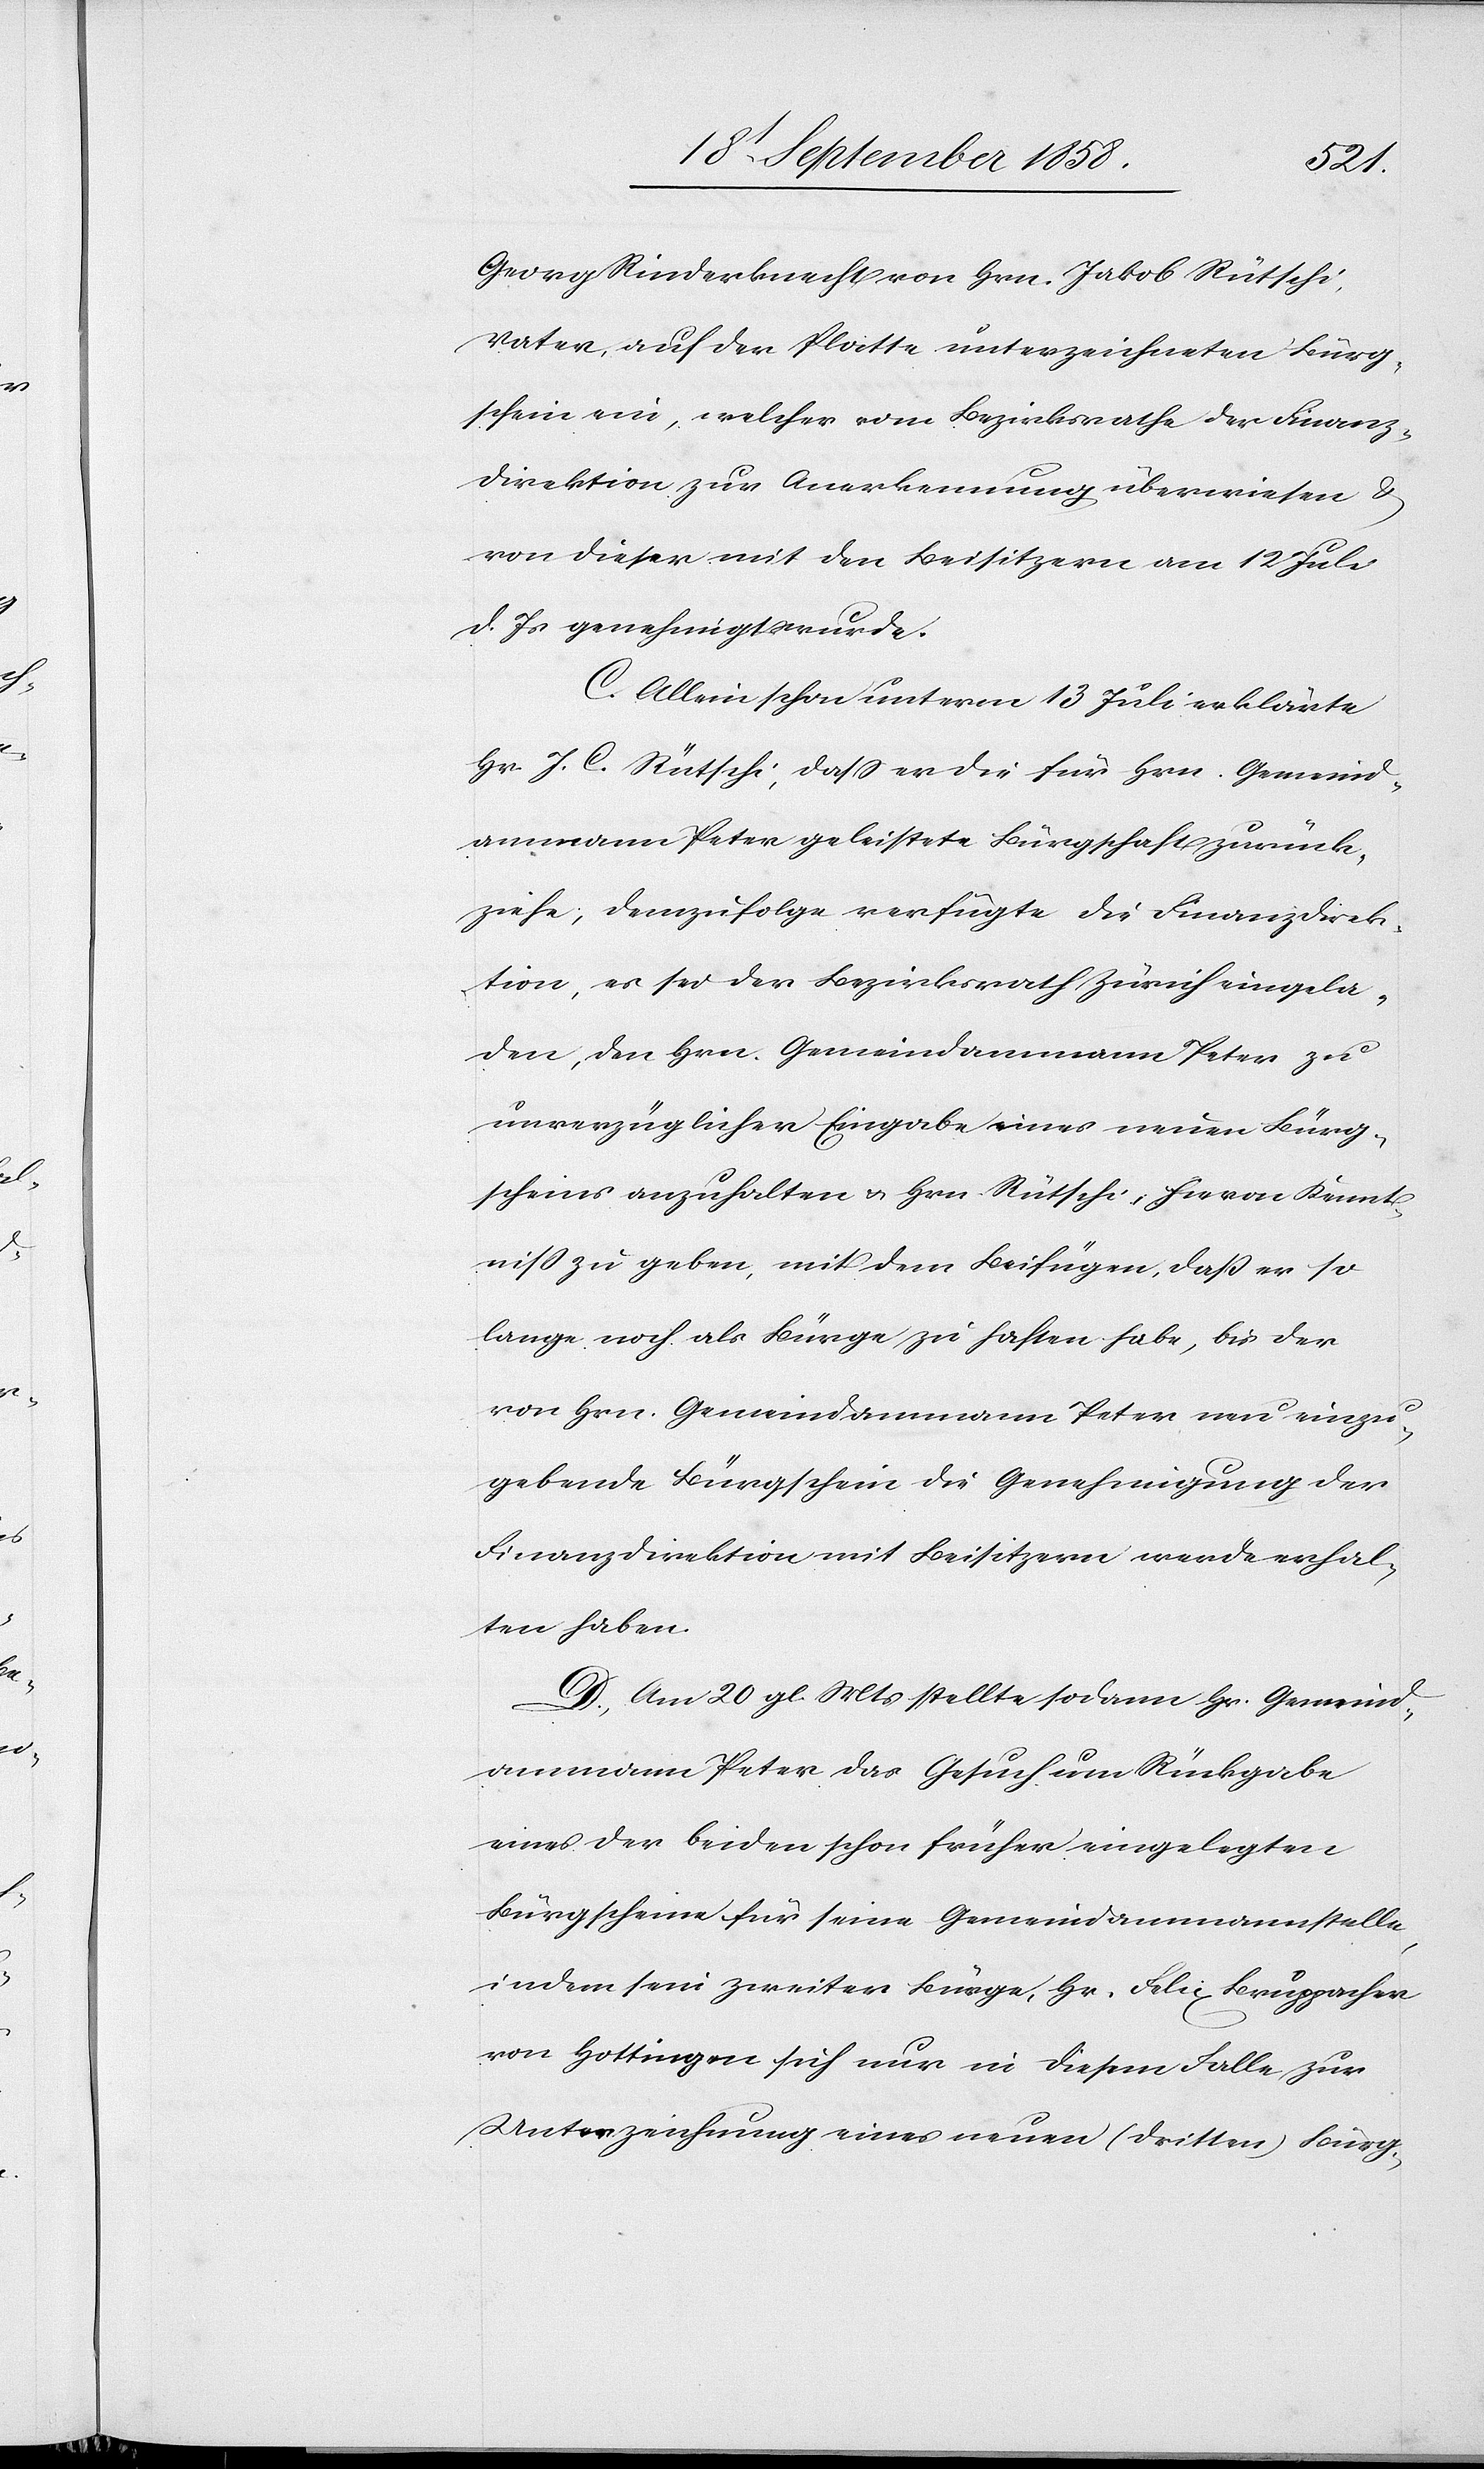
Georg Rinderknecht von Hrn. Jakob Rütschi,
Vater, auf der Platte unterzeichneten Bürg¬
schein ein, welcher vom Bezirksrathe der Finanz¬
direktion zur Anerkennung überwiesen &
von dieser mit den Beisitzern am 12 Juli
d. Js genehmigt wurde.
C. Allein schon unterm 13 Juli erklärte
Hr. J. C. Rütschi, dass er die für Hrn. Gemeind¬
ammann Peter geleistete Bürgschaft zurück¬
ziehe; demzufolge verfügte die Finanzdirek¬
tion, es sei der Bezirksrath Zürich eingela¬
den, den Hrn. Gemeindammann Peter zu
unverzüglicher Eingabe eines neuen Bürg¬
scheins anzuhalten & Hrn. Rütschi hievon Kennt¬
niss zu geben, mit dem Beifügen, daß er so
lange noch als Bürge zu haften habe, bis der
von Hrn. Gemeindammann Peter neu einzu¬
gebende Bürgschein die Genehmigung der
Finanzdirektion mit Beisitzern werde erhal¬
ten haben.
D. Am 20 gl. Mts stellte sodann Hr. Gemeind¬
ammann Peter das Gesuch um Rückgabe
eines der beiden schon früher eingelegten
Bürgscheine für seine Gemeindammannstelle,
indem sein zweiter Bürge, Hr. Felix Bruppacher
von Hottingen sich nur in diesem Falle zur
Unterzeichnung eines neuen (dritten) Bürg-